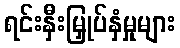
ရင်းနှီးမြှုပ်နှံမှုများ